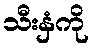
သီးနှံကို